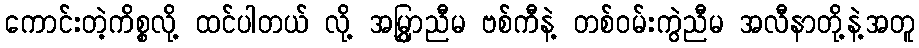
ကောင်းတဲ့ကိစ္စလို့ ထင်ပါတယ် လို့ အမြွှာညီမ ဗစ်ကီနဲ့ တစ်ဝမ်းကွဲညီမ အလီနာတို့နဲ့အတူ